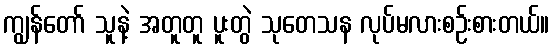
ကျွန်တော် သူနဲ့ အတူတူ ပူးတွဲ သုတေသန လုပ်မလားစဉ်းစားတယ်။